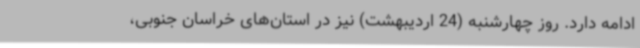
ادامه دارد. روز چهارشنبه (24 اردیبهشت) نیز در استان‌های خراسان جنوبی،